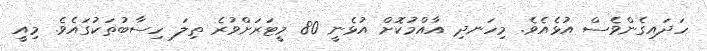
ހަދައިގެންވެސް އުޅެއެވެ. މިހަނދި އާއްމުކޮށް އުޅެނީ 80 މީޓަރަށްވުރެ ތިލަ ހިސާބުތަކުގައެވެ. މިއީ